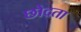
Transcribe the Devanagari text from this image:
छोदता